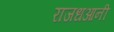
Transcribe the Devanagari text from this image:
राजधआनी